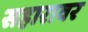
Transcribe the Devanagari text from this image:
सहारावर